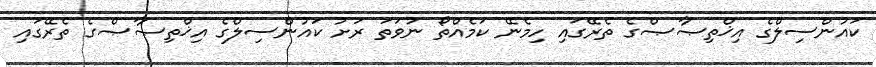
ކައުންސިލްގެ އިޚްތިޞާޞްގެ ތެރޭގައި ހިމެނޭ ކަމެއްތޯ ނުވަތަ ރަށު ކައުންސިލްގެ އިޚްތިޞާޞްގެ ތެރޭގައި